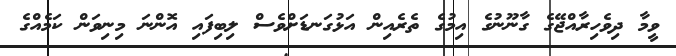
ވީމާ ދިވެހިރާއްޖޭގެ ގާނޫނުގެ އިމުގެ ތެރެއިން އަޅުގަނޑަށްވެސް ލިބިފައި އޮންނަ މިނިވަން ކަމެއްގެ